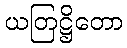
ယတြဋ္ဌိတော